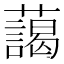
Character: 藹